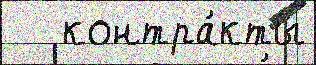
   контра́кты